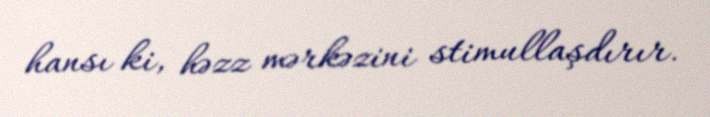
hansı ki, həzz mərkəzini stimullaşdırır.